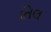
તિલ